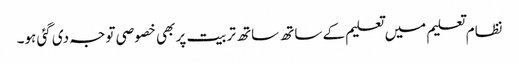
نظام تعلیم میں تعلیم کے ساتھ ساتھ تربیت پر بھی خصوصی توجہ دی گئی ہو۔